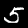
Label: 5